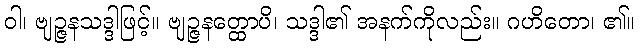
ဝါ၊ ဗျဉ္ဇနသဒ္ဒါဖြင့်။ ဗျဉ္ဇနတ္ထောပိ၊ သဒ္ဒါ၏ အနက်ကိုလည်း။ ဂဟိတော၊ ၏။